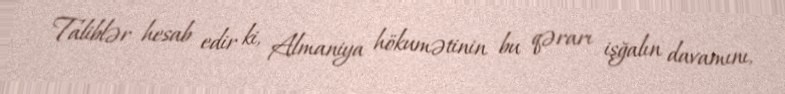
Taliblər hesab edir ki, Almaniya hökumətinin bu qərarı işğalın davamını,